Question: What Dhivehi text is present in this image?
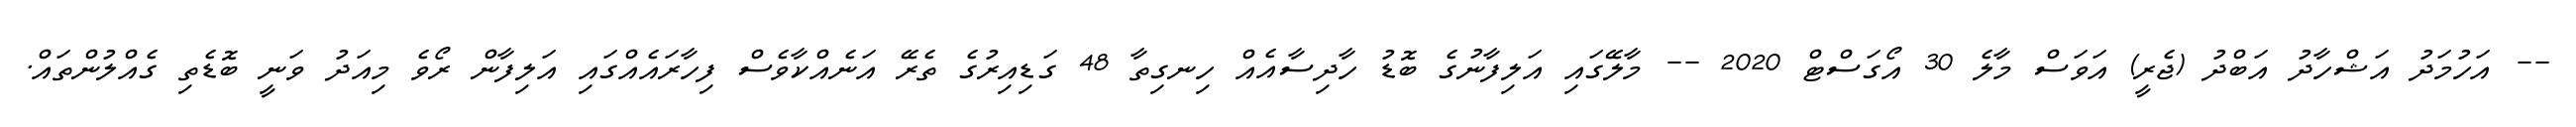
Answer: -- އަހުމަދު އަޝްހާދު އަބްދު (ޖެރީ) އަވަސް މާލެ 30 އޯގަސްޓް 2020 -- މާލޭގައި އަލިފާނުގެ ބޮޑު ހާދިސާއެއް ހިނގިތާ 48 ގަޑިއިރުގެ ތެރޭ އަނެއްކާވެސް ފިހާރައެއްގައި އަލިފާން ރޯވެ މިއަދު ވަނީ ބޮޑެތި ގެއްލުންތައް.